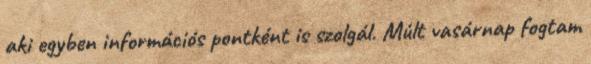
aki egyben információs pontként is szolgál. Múlt vasárnap fogtam